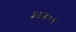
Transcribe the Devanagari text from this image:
५४५०९